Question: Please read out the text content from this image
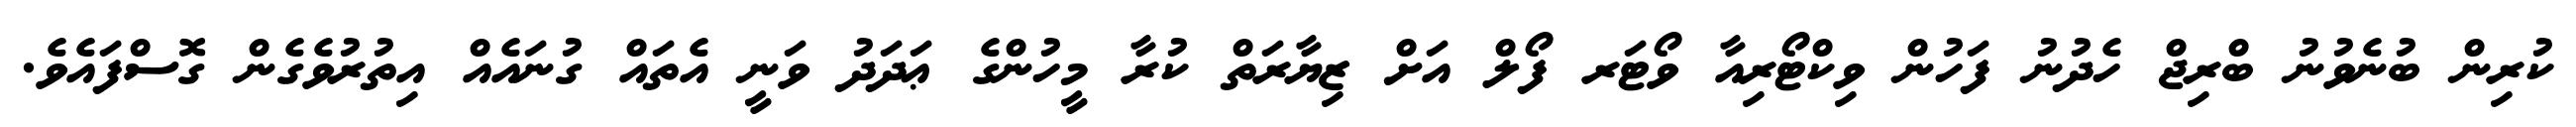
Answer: ކުރިން ބުނެވުނު ބްރިޖް ހެދުނު ފަހުން ވިކްޓޯރިއާ ވޯޓަރ ފޯލް އަށް ޒިޔާރަތް ކުރާ މީހުންގެ ޢަދަދު ވަނީ އެތައް ގުނައެއް އިތުރުވެގެން ގޮސްފައެވެ.